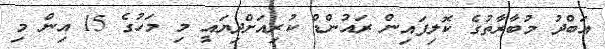
އަބްދު މުބާރާތުގެ ކޮލިފައިން ރައުންޑް ކުރިއަށްދިޔައީ މި މަހުގެ 15 އިން މި